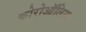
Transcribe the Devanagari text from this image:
कोरोऑलिस